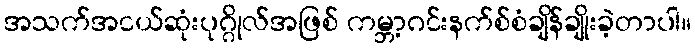
အသက်အငယ်ဆုံးပုဂ္ဂိုလ်အဖြစ် ကမ္ဘာ့ဂင်းနက်စ်စံချိန်ချိုးခဲ့တာပါ။